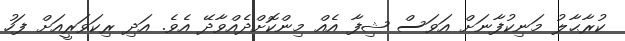
ކުރާޙާލު މަނިކުފާނަށް އަވަސް ޝިފާ އެއް މިންކޮށްދެއްވާދޭ އެވެ. އަދި ރިކަވަރީއަށް ފަހު